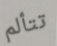
تتألم